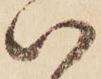
い